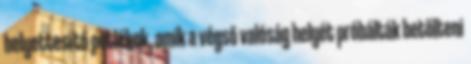
helyettesítő pótlékok, amik a végső valóság helyét próbálták betölteni